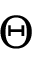
\Theta